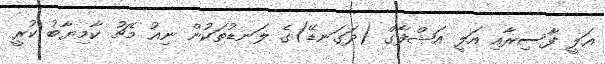
އަލީ ފާސިރާއި އަލީ އަޝްފާގް (ދަގަނޑޭ)ގެ ލަނޑުތަކުން ނިއު މެޗު ކާމިޔާބު ކުރީ